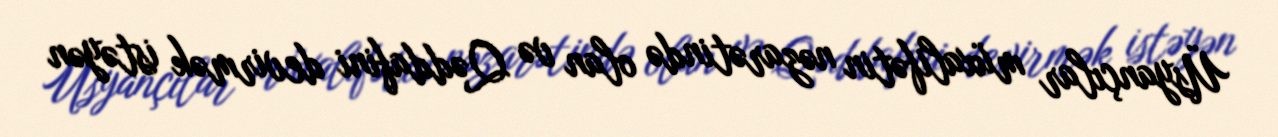
Üsyançılar müxalifətin nəzarətində olan və Qəddafini devirmək istəyən